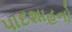
પાદશાહનો